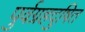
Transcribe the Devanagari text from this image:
पुर्वग्रहदुषित